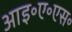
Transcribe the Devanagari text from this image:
आइ॰ए॰एस॰